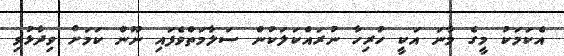
އެކަމަކު މީގެ މާނަ އަކީ ހުރިހާ ނުރައްކަލަކުން ސަލާމަތްވެފައި ނޫން ކަމަށް ވިދާޅުވި